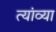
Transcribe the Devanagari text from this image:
त्यांव्या